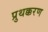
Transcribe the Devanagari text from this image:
प्रुथक्करण